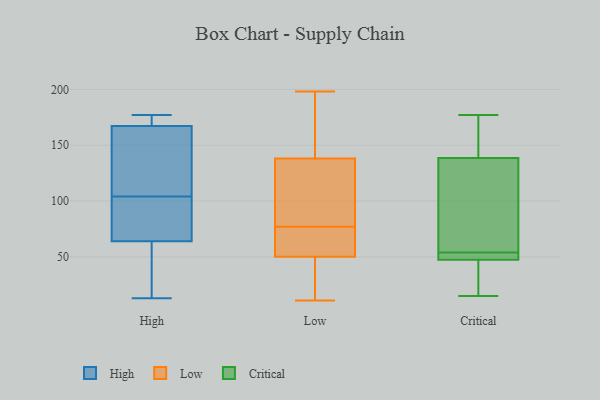
{"axis": {"x": "LTV (USD)", "y": "Value"}, "legend": ["Critical", "High", "Low"], "data": [{"x": "", "y": 86, "type": "High"}, {"x": "", "y": 145, "type": "High"}, {"x": "", "y": 13, "type": "High"}, {"x": "", "y": 82, "type": "High"}, {"x": "", "y": 175, "type": "High"}, {"x": "", "y": 122, "type": "High"}, {"x": "", "y": 166, "type": "High"}, {"x": "", "y": 177, "type": "High"}, {"x": "", "y": 49, "type": "High"}, {"x": "", "y": 104, "type": "High"}, {"x": "", "y": 171, "type": "High"}, {"x": "", "y": 46, "type": "High"}, {"x": "", "y": 69, "type": "High"}, {"x": "", "y": 55, "type": "Low"}, {"x": "", "y": 27, "type": "Low"}, {"x": "", "y": 170, "type": "Low"}, {"x": "", "y": 59, "type": "Low"}, {"x": "", "y": 75, "type": "Low"}, {"x": "", "y": 11, "type": "Low"}, {"x": "", "y": 12, "type": "Low"}, {"x": "", "y": 55, "type": "Low"}, {"x": "", "y": 79, "type": "Low"}, {"x": "", "y": 120, "type": "Low"}, {"x": "", "y": 106, "type": "Low"}, {"x": "", "y": 138, "type": "Low"}, {"x": "", "y": 141, "type": "Low"}, {"x": "", "y": 50, "type": "Low"}, {"x": "", "y": 198, "type": "Low"}, {"x": "", "y": 45, "type": "Low"}, {"x": "", "y": 131, "type": "Low"}, {"x": "", "y": 179, "type": "Low"}, {"x": "", "y": 71, "type": "Critical"}, {"x": "", "y": 52, "type": "Critical"}, {"x": "", "y": 49, "type": "Critical"}, {"x": "", "y": 170, "type": "Critical"}, {"x": "", "y": 67, "type": "Critical"}, {"x": "", "y": 161, "type": "Critical"}, {"x": "", "y": 15, "type": "Critical"}, {"x": "", "y": 31, "type": "Critical"}, {"x": "", "y": 54, "type": "Critical"}, {"x": "", "y": 177, "type": "Critical"}, {"x": "", "y": 47, "type": "Critical"}]}